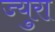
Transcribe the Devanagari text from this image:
ज्युरा